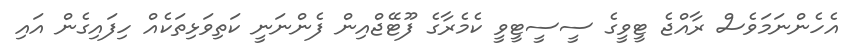
އެހެންނަމަވެސް ރާއްޖެ ޓީވީގެ ސީސީޓީވީ ކެމެރާގެ ފޫޓޭޖްއިން ފެންނަނީ ކަތިވަޅިތަކެއް ހިފައިގެން އައި